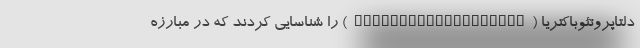
دلتاپروتئوباکتریا (Deltaproteobacteria) را شناسایی کردند که در مبارزه